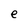
Character: e